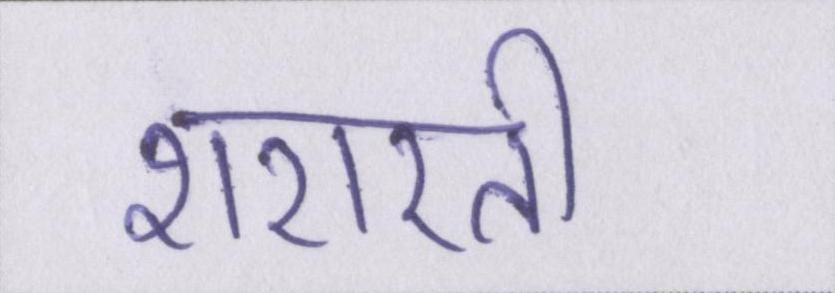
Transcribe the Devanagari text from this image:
शरारती